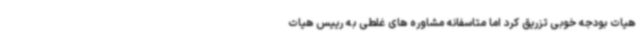
هیات بودجه خوبی تزریق کرد اما متاسفانه مشاوره های غلطی به رییس هیات